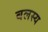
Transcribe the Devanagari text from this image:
बलस्य